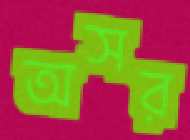
অসর